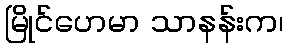
မြိုင်ဟေမာ သာနန်းက၊